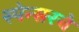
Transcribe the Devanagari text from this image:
स्पेन्सरचे